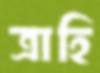
ত্রাহি